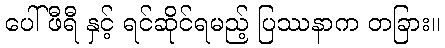
ပေါ်ဖီရီ နှင့် ရင်ဆိုင်ရမည့် ပြဿနာက တခြား။